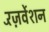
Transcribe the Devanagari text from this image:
रॅज़र्वेशन